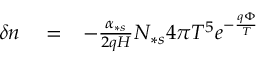
\begin{array} { r l r } { \delta n } & { { } = } & { - \frac { \alpha _ { \ast s } } { 2 q H } N _ { \ast s } 4 \pi T ^ { 5 } e ^ { - \frac { q \Phi } { T } } } \end{array}